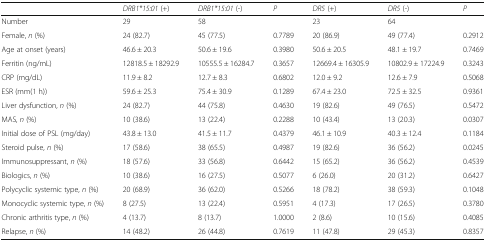
<table><thead><tr><td></td><td><b><i>DRB1*15:01</i> (+)</b></td><td><b><i>DRB1*15:01</i> (-)</b></td><td><b><i>P</i></b></td><td><b><i>DR5</i> (+)</b></td><td><b><i>DR5</i> (-)</b></td><td><b><i>P</i></b></td></tr></thead><tbody><tr><td>Number</td><td>29</td><td>58</td><td></td><td>23</td><td>64</td><td></td></tr><tr><td>Female, <i>n</i> (%)</td><td>24 (82.7)</td><td>45 (77.5)</td><td>0.7789</td><td>20 (86.9)</td><td>49 (77.4)</td><td>0.2912</td></tr><tr><td>Age at onset (years)</td><td>46.6 ± 20.3</td><td>50.6 ± 19.6</td><td>0.3980</td><td>50.6 ± 20.5</td><td>48.1 ± 19.7</td><td>0.7469</td></tr><tr><td>Ferritin (ng/mL)</td><td>12818.5 ± 18292.9</td><td>10555.5 ± 16284.7</td><td>0.3657</td><td>12669.4 ± 16305.9</td><td>10802.9 ± 17224.9</td><td>0.3243</td></tr><tr><td>CRP (mg/dL)</td><td>11.9 ± 8.2</td><td>12.7 ± 8.3</td><td>0.6802</td><td>12.0 ± 9.2</td><td>12.6 ± 7.9</td><td>0.5068</td></tr><tr><td>ESR (mm(1 h))</td><td>59.6 ± 25.3</td><td>75.4 ± 30.9</td><td>0.1289</td><td>67.4 ± 23.0</td><td>72.5 ± 32.5</td><td>0.9361</td></tr><tr><td>Liver dysfunction, <i>n</i> (%)</td><td>24 (82.7)</td><td>44 (75.8)</td><td>0.4630</td><td>19 (82.6)</td><td>49 (76.5)</td><td>0.5472</td></tr><tr><td>MAS, <i>n</i> (%)</td><td>10 (38.6)</td><td>13 (22.4)</td><td>0.2288</td><td>10 (43.4)</td><td>13 (20.3)</td><td>0.0307</td></tr><tr><td>Initial dose of PSL (mg/day)</td><td>43.8 ± 13.0</td><td>41.5 ± 11.7</td><td>0.4379</td><td>46.1 ± 10.9</td><td>40.3 ± 12.4</td><td>0.1184</td></tr><tr><td>Steroid pulse, <i>n</i> (%)</td><td>17 (58.6)</td><td>38 (65.5)</td><td>0.4987</td><td>19 (82.6)</td><td>36 (56.2)</td><td>0.0245</td></tr><tr><td>Immunosuppressant, <i>n</i> (%)</td><td>18 (57.6)</td><td>33 (56.8)</td><td>0.6442</td><td>15 (65.2)</td><td>36 (56.2)</td><td>0.4539</td></tr><tr><td>Biologics, <i>n</i> (%)</td><td>10 (38.6)</td><td>16 (27.5)</td><td>0.5077</td><td>6 (26.0)</td><td>20 (31.2)</td><td>0.6427</td></tr><tr><td>Polycyclic systemic type, <i>n</i> (%)</td><td>20 (68.9)</td><td>36 (62.0)</td><td>0.5266</td><td>18 (78.2)</td><td>38 (59.3)</td><td>0.1048</td></tr><tr><td>Monocyclic systemic type, <i>n</i> (%)</td><td>8 (27.5)</td><td>13 (22.4)</td><td>0.5951</td><td>4 (17.3)</td><td>17 (26.5)</td><td>0.3780</td></tr><tr><td>Chronic arthritis type, <i>n</i> (%)</td><td>4 (13.7)</td><td>8 (13.7)</td><td>1.0000</td><td>2 (8.6)</td><td>10 (15.6)</td><td>0.4085</td></tr><tr><td>Relapse, <i>n</i> (%)</td><td>14 (48.2)</td><td>26 (44.8)</td><td>0.7619</td><td>11 (47.8)</td><td>29 (45.3)</td><td>0.8357</td></tr></tbody></table>